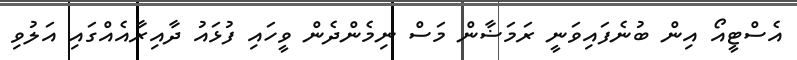
އެސްޓީއޯ އިން ބުނެފައިވަނީ ރަމަޟާން މަސް ނިމެންދެން ވީހައި ފުޅައު ދާއިރާއެއްގައި އަލުވި